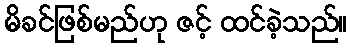
မိခင်ဖြစ်မည်ဟု ဇင့် ထင်ခဲ့သည်။